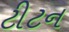
ટીટન